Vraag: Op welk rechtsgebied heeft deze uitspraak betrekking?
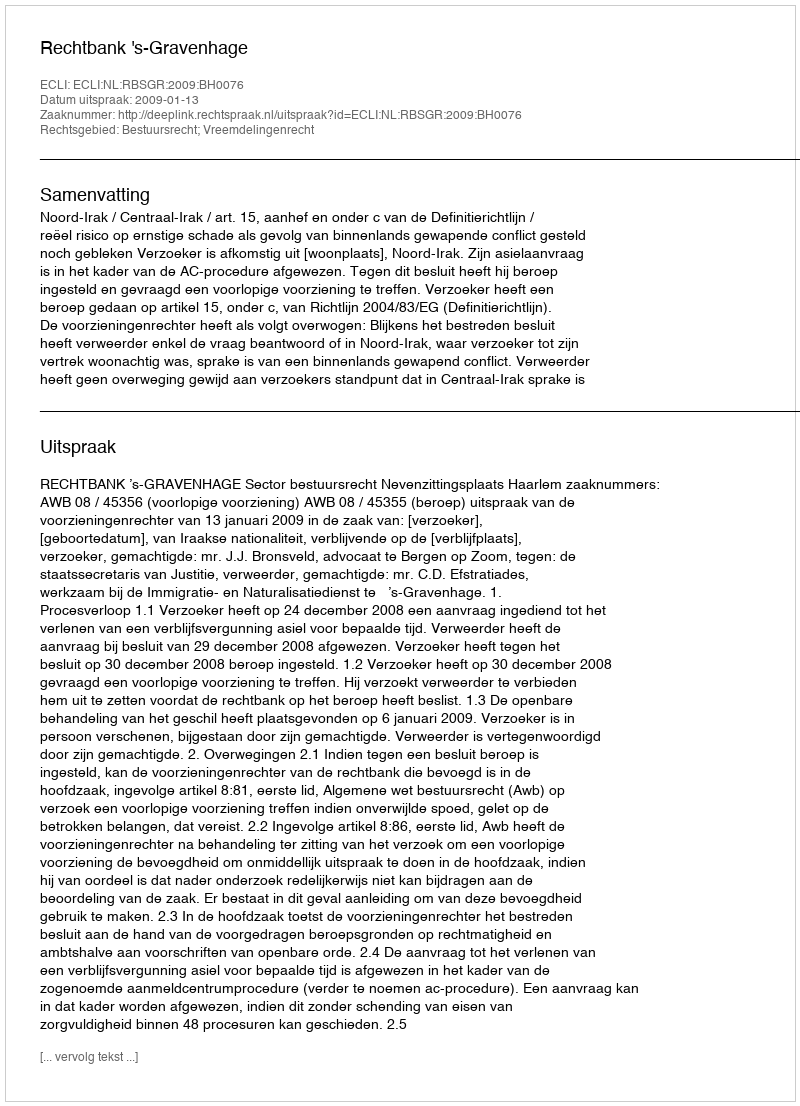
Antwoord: Bestuursrecht; Vreemdelingenrecht